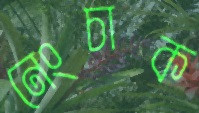
নেংচাক